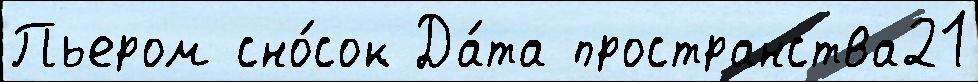
Пьером сно́сок Да́та пространства21